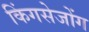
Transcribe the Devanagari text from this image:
किंगसेजोंग